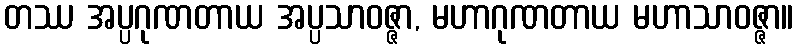
တဿ အပ္ပဂုဏတာယ အပ္ပသာဝဇ္ဇာ, မဟာဂုဏတာယ မဟာသာဝဇ္ဇာ။